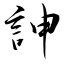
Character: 訷